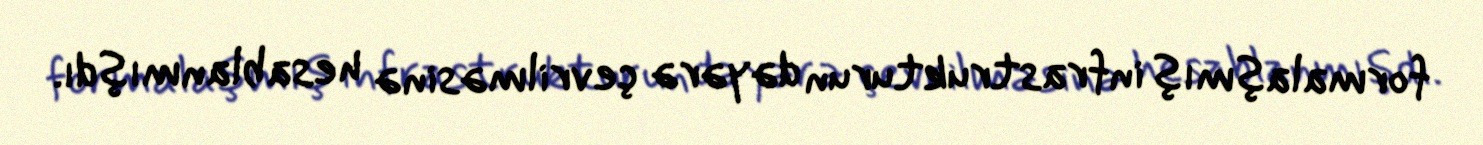
formalaşmış infrastrukturun dəyərə çevrilməsinə hesablanmışdı.